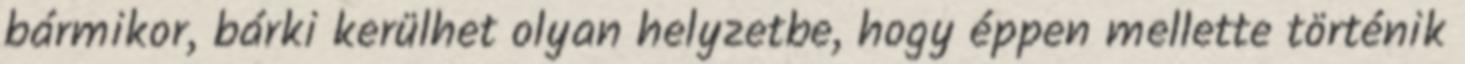
bármikor, bárki kerülhet olyan helyzetbe, hogy éppen mellette történik